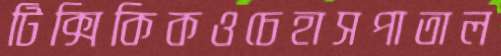
টিক্সিকিকওচেহাসপাতাল